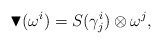
\begin{align*}\blacktriangledown (\omega ^i)= S(\gamma^i_j) \otimes \omega^j ,\end{align*}